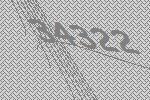
34322